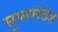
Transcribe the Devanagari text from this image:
सुपरसेडेड